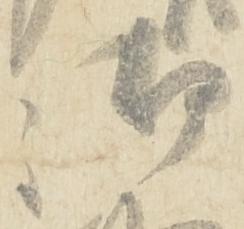
御